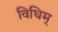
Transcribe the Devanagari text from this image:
विधिम्